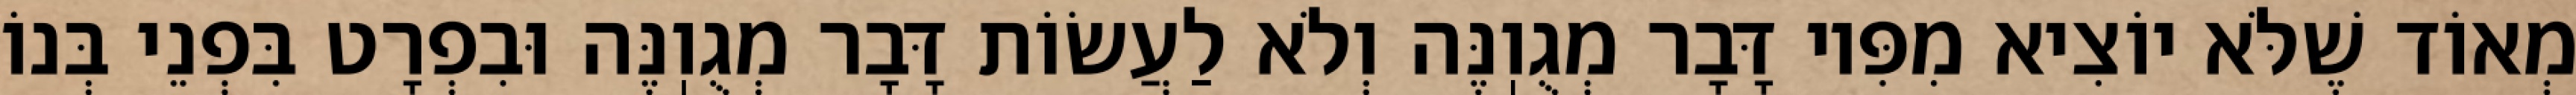
מְאוֹד שֶׁלֹּא יוֹצִיא מִפִּיו דָּבָר מְגֻוֽנֶּה וְלֹא לַעֲשׂוֹת דָּבָר מְגֻוֽנֶּה וּבִפְרָט בִּפְנֵי בְּנוֹ